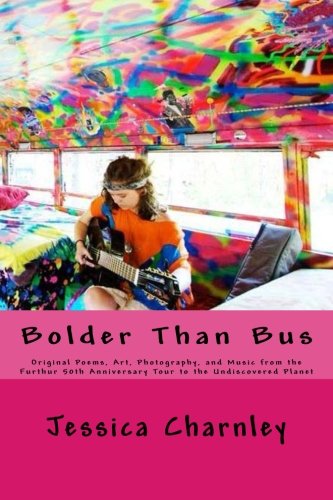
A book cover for Bolder Than Bus: Original Poems, Art, Photography, and Music from the Furthur 50th Anniversary Tour to the Undiscovered Planet; Jessica Charnley; Literature & Fiction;